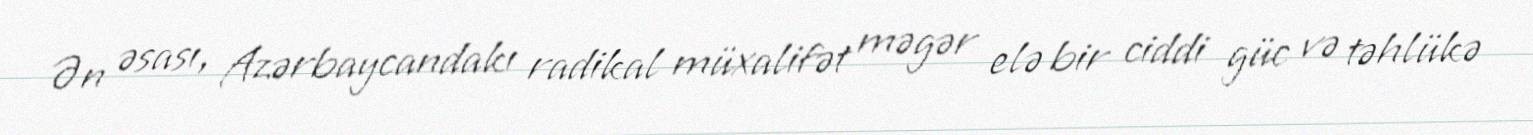
Ən əsası, Azərbaycandakı radikal müxalifət məgər elə bir ciddi güc və təhlükə